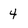
Character: 4